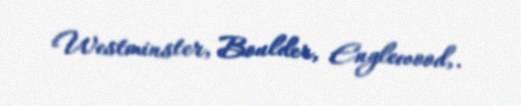
Westminster, Boulder, Englewood,.